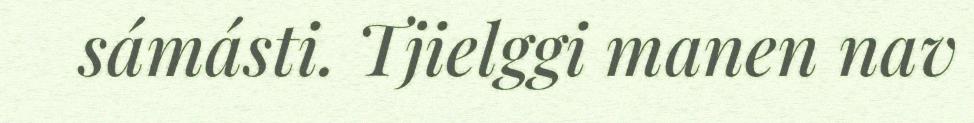
sámásti. Tjielggi manen nav